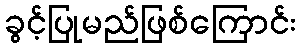
ခွင့်ပြုမည်ဖြစ်ကြောင်း